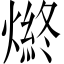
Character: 𤍑